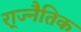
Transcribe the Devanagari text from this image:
रा्ज्नैतिक